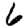
Digit: 6